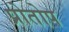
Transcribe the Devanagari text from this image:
प्रोतोप